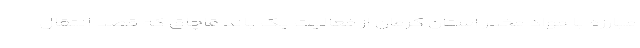
مبارزه با مواد مخدر استان کرمان از فعالیت یک باند قاچاق که قصد انتقال